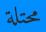
محتلة